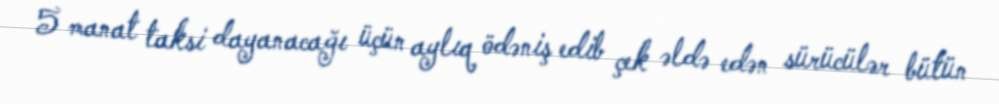
5 manat taksi dayanacağı üçün aylıq ödəniş edib çek əldə edən sürücülər bütün